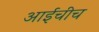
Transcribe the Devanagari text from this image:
आईचीच